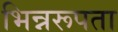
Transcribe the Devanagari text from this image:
भिन्नरूपता